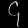
Digit: ၄